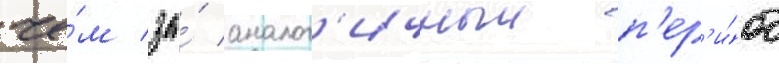
че́м за́ аналог'ичныи п'ер'и́од